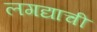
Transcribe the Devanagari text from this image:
लगद्याची